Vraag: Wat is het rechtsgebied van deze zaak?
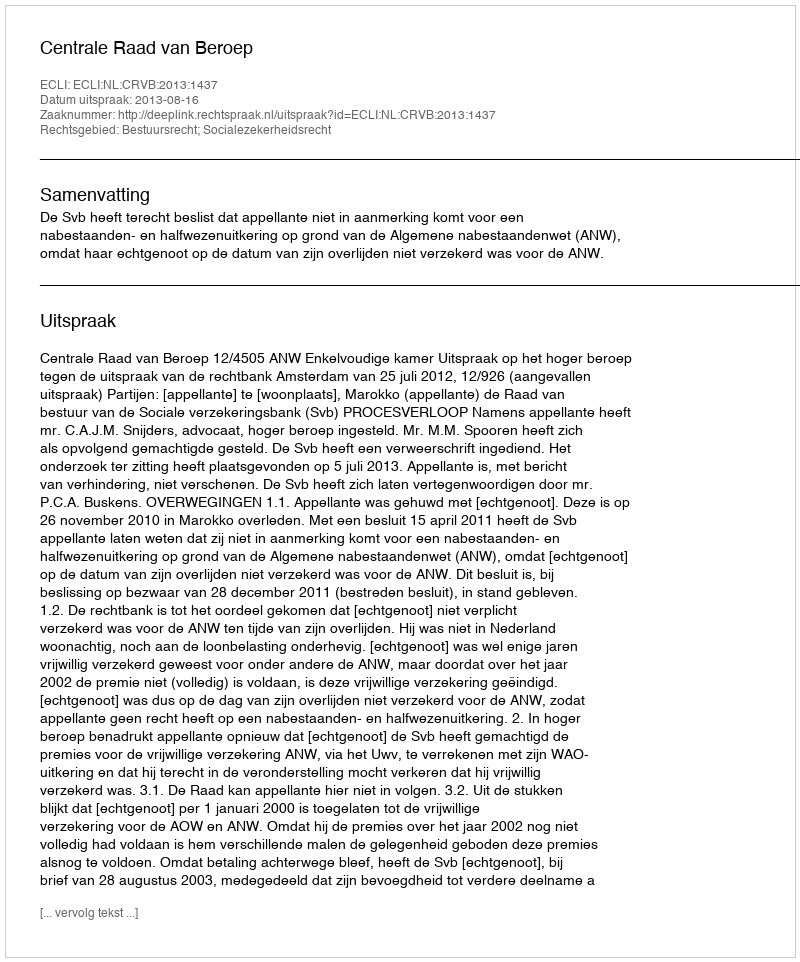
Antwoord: Bestuursrecht; Socialezekerheidsrecht